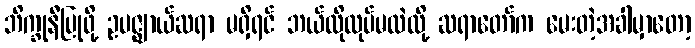
ဘိက္ခုနီပြုဖို့ ဥပဇ္ဈာယ်ဆရာ မရှိရင် ဘယ်လိုလုပ်မလဲလို့ ဆရာတော်က မေးတဲ့အခါမှာတော့